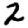
Digit: 2